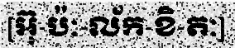
[អ៊ុ-ប៉ៈ-ល័ក-ខិ-តៈ]